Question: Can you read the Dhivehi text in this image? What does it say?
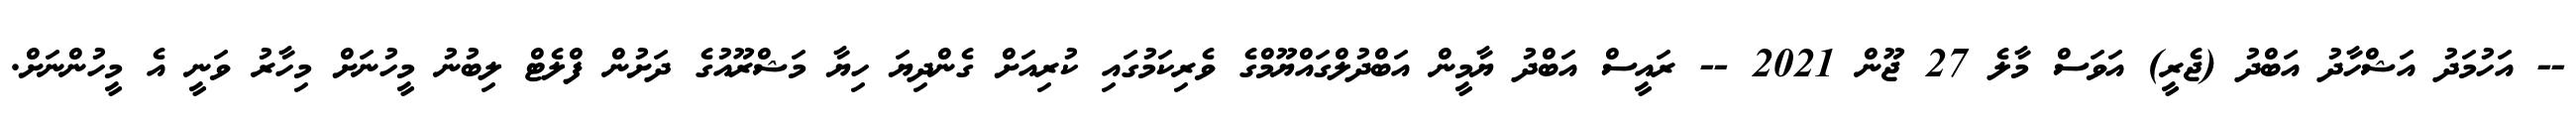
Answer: -- އަހުމަދު އަޝްހާދު އަބްދު (ޖެރީ) އަވަސް މާލެ 27 ޖޫން 2021 -- ރައީސް އަބްދު ޔާމީން އަބްދުލްގައްޔޫމްގެ ވެރިކަމުގައި ކުރިއަށް ގެންދިޔަ ހިޔާ މަޝްރޫއުގެ ދަށުން ފްލެޓް ލިބުނު މީހުނަށް މިހާރު ވަނީ އެ މީހުންނަށް.